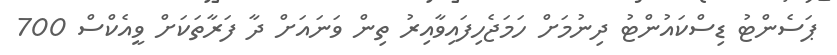
ޕަސެންޓު ޑިސްކައުންޓު ދިނުމަށް ހަމަޖެހިފައިވާއިރު ތިން ވަނައަށް ދާ ފަރާތަކަށް ވީއެކްސް 700